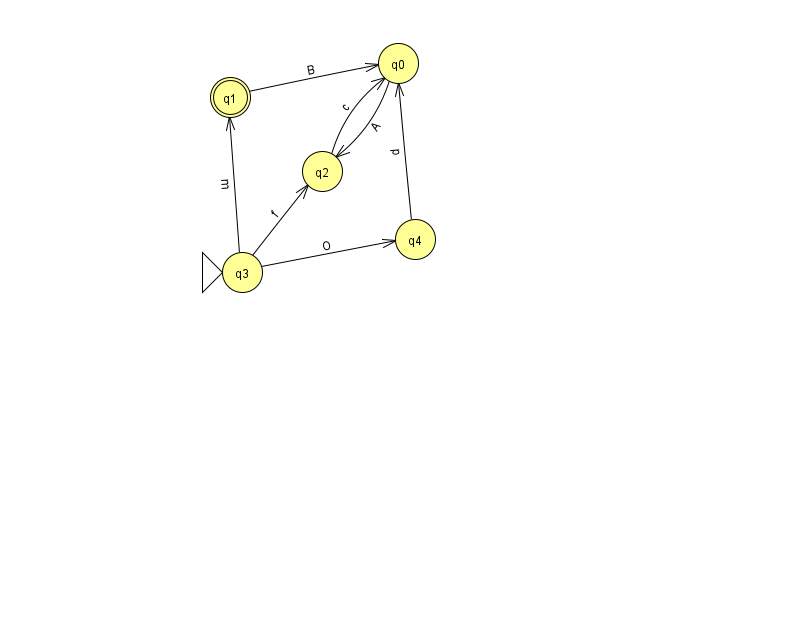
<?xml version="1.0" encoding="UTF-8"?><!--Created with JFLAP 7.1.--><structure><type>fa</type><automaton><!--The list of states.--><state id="0" name="q0"><x>398.0</x><y>50.0</y></state><state id="1" name="q1"><x>230.0</x><y>84.0</y><final/></state><state id="2" name="q2"><x>322.0</x><y>158.0</y></state><state id="3" name="q3"><x>242.0</x><y>259.0</y><initial/></state><state id="4" name="q4"><x>415.0</x><y>226.0</y></state><!--The list of transitions.--><transition><from>3</from><to>2</to><read>f</read></transition><transition><from>4</from><to>0</to><read>p</read></transition><transition><from>3</from><to>4</to><read>O</read></transition><transition><from>1</from><to>0</to><read>B</read></transition><transition><from>0</from><to>2</to><read>A</read></transition><transition><from>3</from><to>1</to><read>m</read></transition><transition><from>2</from><to>0</to><read>c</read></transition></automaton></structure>